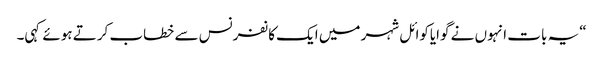
“یہ بات انہوں نے گوایاکوائل شہر میں ایک کانفرنس سے خطاب کرتے ہوئے کہی۔